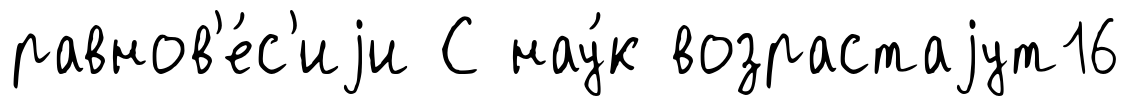
равнов'е́с'иjи С нау́к возрастаjут16